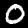
Label: 0